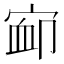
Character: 𰍃